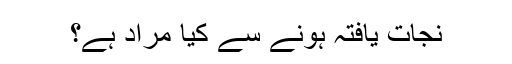
نجات یافتہ ہونے سے کیا مُراد ہے؟